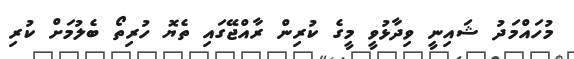
މުހައްމަދު ޝައިނީ ވިދާޅުވީ މީގެ ކުރިން ރާއްޖޭގައި ތެޔޮ ހުރިތޯ ބެލުމަށް ކުރި